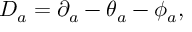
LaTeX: D _ { a } = \partial _ { a } - \theta _ { a } - \phi _ { a } ,